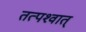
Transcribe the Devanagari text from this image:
तत्‍पश्‍वात्